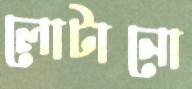
লোটানো